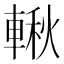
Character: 𨍊